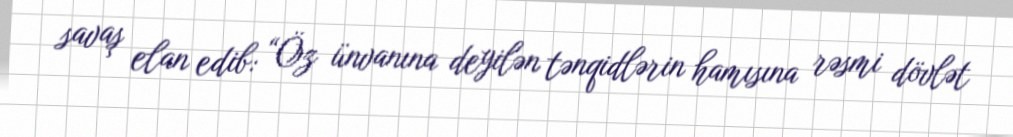
savaş elan edib: “Öz ünvanına deyilən tənqidlərin hamısına rəsmi dövlət